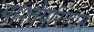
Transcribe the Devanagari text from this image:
पार्श्वपरिणाम